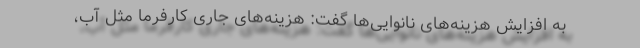
به افزایش هزینه‌های نانوایی‌ها گفت: هزینه‌های جاری کارفرما مثل آب،